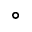
^ { \circ }